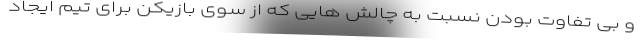
و بی تفاوت بودن نسبت به چالش هایی که از سوی بازیکن برای تیم ایجاد